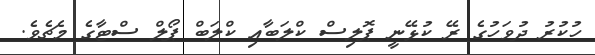
ހުކުރު ދުވަހުގެ ރޭ ކުޅޭނީ ޕޮލިސް ކްލަބާއި ކްލަބް ޕޯލް ސްޓާގެ މެޗެވެ.